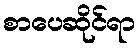
စာပေဆိုင်ရာ